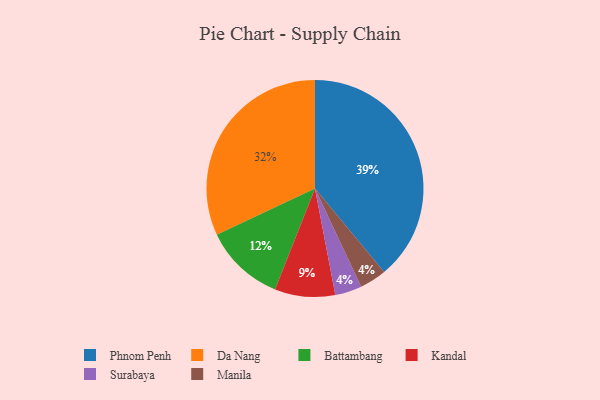
{"axis": {"x": "Category", "y": "Percentage"}, "legend": ["Battambang", "Da Nang", "Kandal", "Manila", "Phnom Penh", "Surabaya"], "data": [{"x": "Da Nang", "y": 32, "type": "Da Nang"}, {"x": "Phnom Penh", "y": 39, "type": "Phnom Penh"}, {"x": "Surabaya", "y": 4, "type": "Surabaya"}, {"x": "Battambang", "y": 12, "type": "Battambang"}, {"x": "Kandal", "y": 9, "type": "Kandal"}, {"x": "Manila", "y": 4, "type": "Manila"}]}